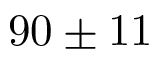
9 0 \pm 1 1